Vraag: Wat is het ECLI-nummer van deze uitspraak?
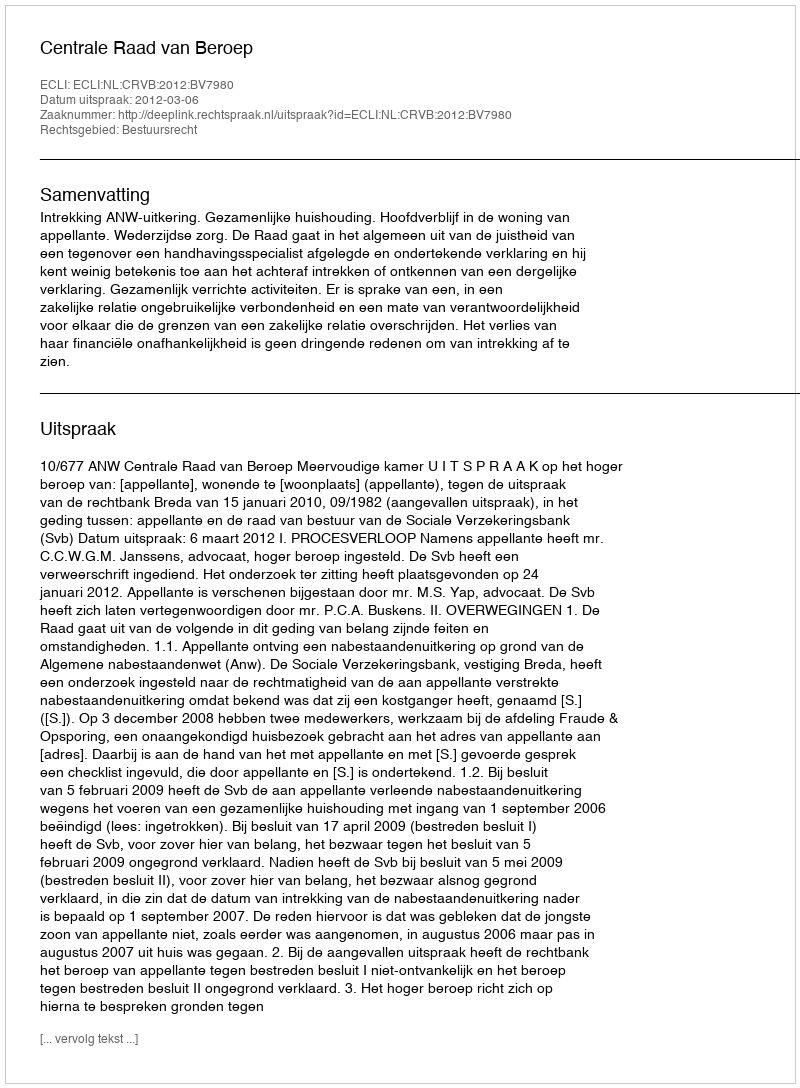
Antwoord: ECLI:NL:CRVB:2012:BV7980